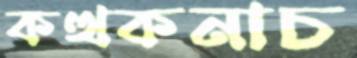
কত্থকনাচ